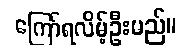
ကြော်ရလိမ့်ဦးမည်။